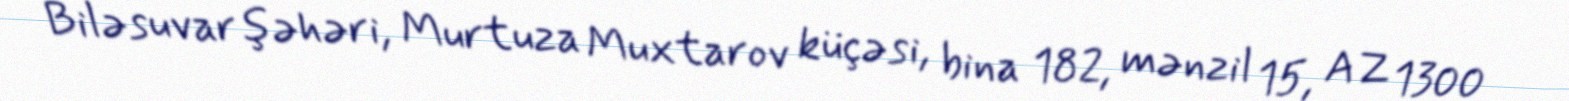
Biləsuvar şəhəri, Murtuza Muxtarov küçəsi, bina 182, mənzil 15, AZ 1300